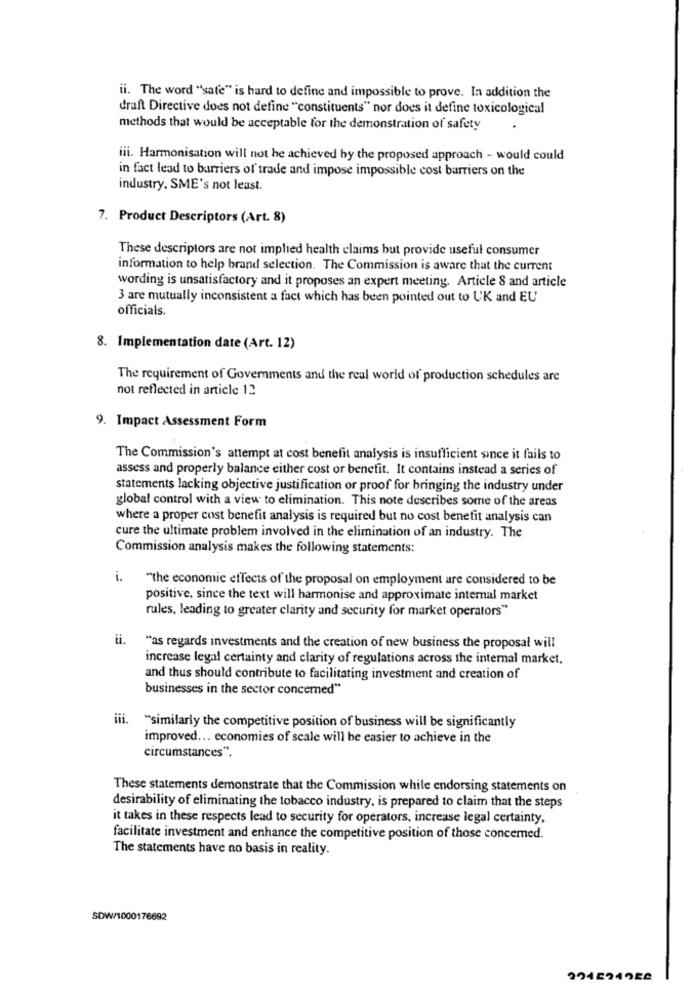
ii. The word "sate" is hard to define and impossible to prove. In addition the
draft Directive does not define ""constituents" nor does it define toxicological
methods that would be acceptable for the demonstration of safety
iii. Harmonisation will not be achieved by the proposed approach - would could
in fact lead to barriers of trade and impose impossible cost barriers on the
industry. SME's not least.
7. Product Descriptors (Art. 8)
These descriptors are not implied health claims but provide useful consumer
information to help brand selection. The Commission is aware that the current
wording is unsatisfactory and it proposes an expert meeting. Article 8 and article
3 are mutually inconsistent a fact which has been pointed out to UK and EU
officials.
8. Implementation date (Art. 12)
The requirement of Governments and the real world of production schedules are
not reflected in article 12
9. Impact Assessment Form
The Commission's attempt at cost benefit analysis is insufficient since it fails to
assess and properly balance either cost or benefit. It contains instead a series of
statements lacking objective justification or proof for bringing the industry under
global control with a view to elimination. This note describes some of the areas
where a proper cost benefit analysis is required but no cost benefit analysis can
cure the ultimate problem involved in the elimination of an industry. The
Commission analysis makes the following statements:
i.
"the economic effects of the proposal on employment are considered to be
positive, since the text will harmonise and approximate internal market
rules, leading to greater clarity and security for market operators"
"as regards investments and the creation of new business the proposal will
increase legal certainty and clarity of regulations across the internal market,
and thus should contribute to facilitating investment and creation of
businesses in the sector concerned"
iii.
"similarly the competitive position of business will be significantly
improved ... economies of scale will be easier to achieve in the
circumstances".
These statements demonstrate that the Commission while endorsing statements on
desirability of eliminating the tobacco industry, is prepared to claim that the steps
it takes in these respects lead to security for operators, increase legal certainty,
facilitate investment and enhance the competitive position of those concemed.
The statements have no basis in reality.
SDW/1000176692